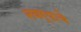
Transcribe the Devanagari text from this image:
नवर्‍याचे